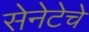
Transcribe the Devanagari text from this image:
सेनेटेचे